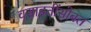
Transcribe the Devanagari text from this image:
वसाहतींसोबत